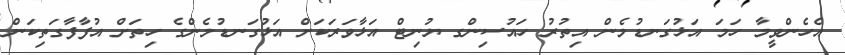
އެހެންވީމާ ހަމަ އަޅުގަނޑުމެން އިތުރު ހައުސިންގ ޔުނިޓް އަޅާވަރަކަށް އަޅުގަނޑުމެންގެ ހިތަށް އުފާފާގަތިކަން